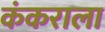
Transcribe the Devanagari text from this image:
कंकराला